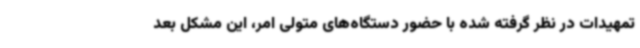
تمهیدات در نظر گرفته‌ شده با حضور دستگاه‌های متولی امر، این مشکل بعد